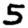
Digit: 5